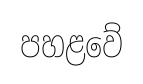
පහළවේ